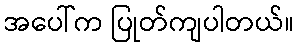
အပေါ်က ပြုတ်ကျပါတယ်။